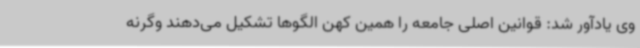
وی یادآور شد: قوانین اصلی جامعه را همین کهن الگوها تشکیل می‌دهند وگرنه